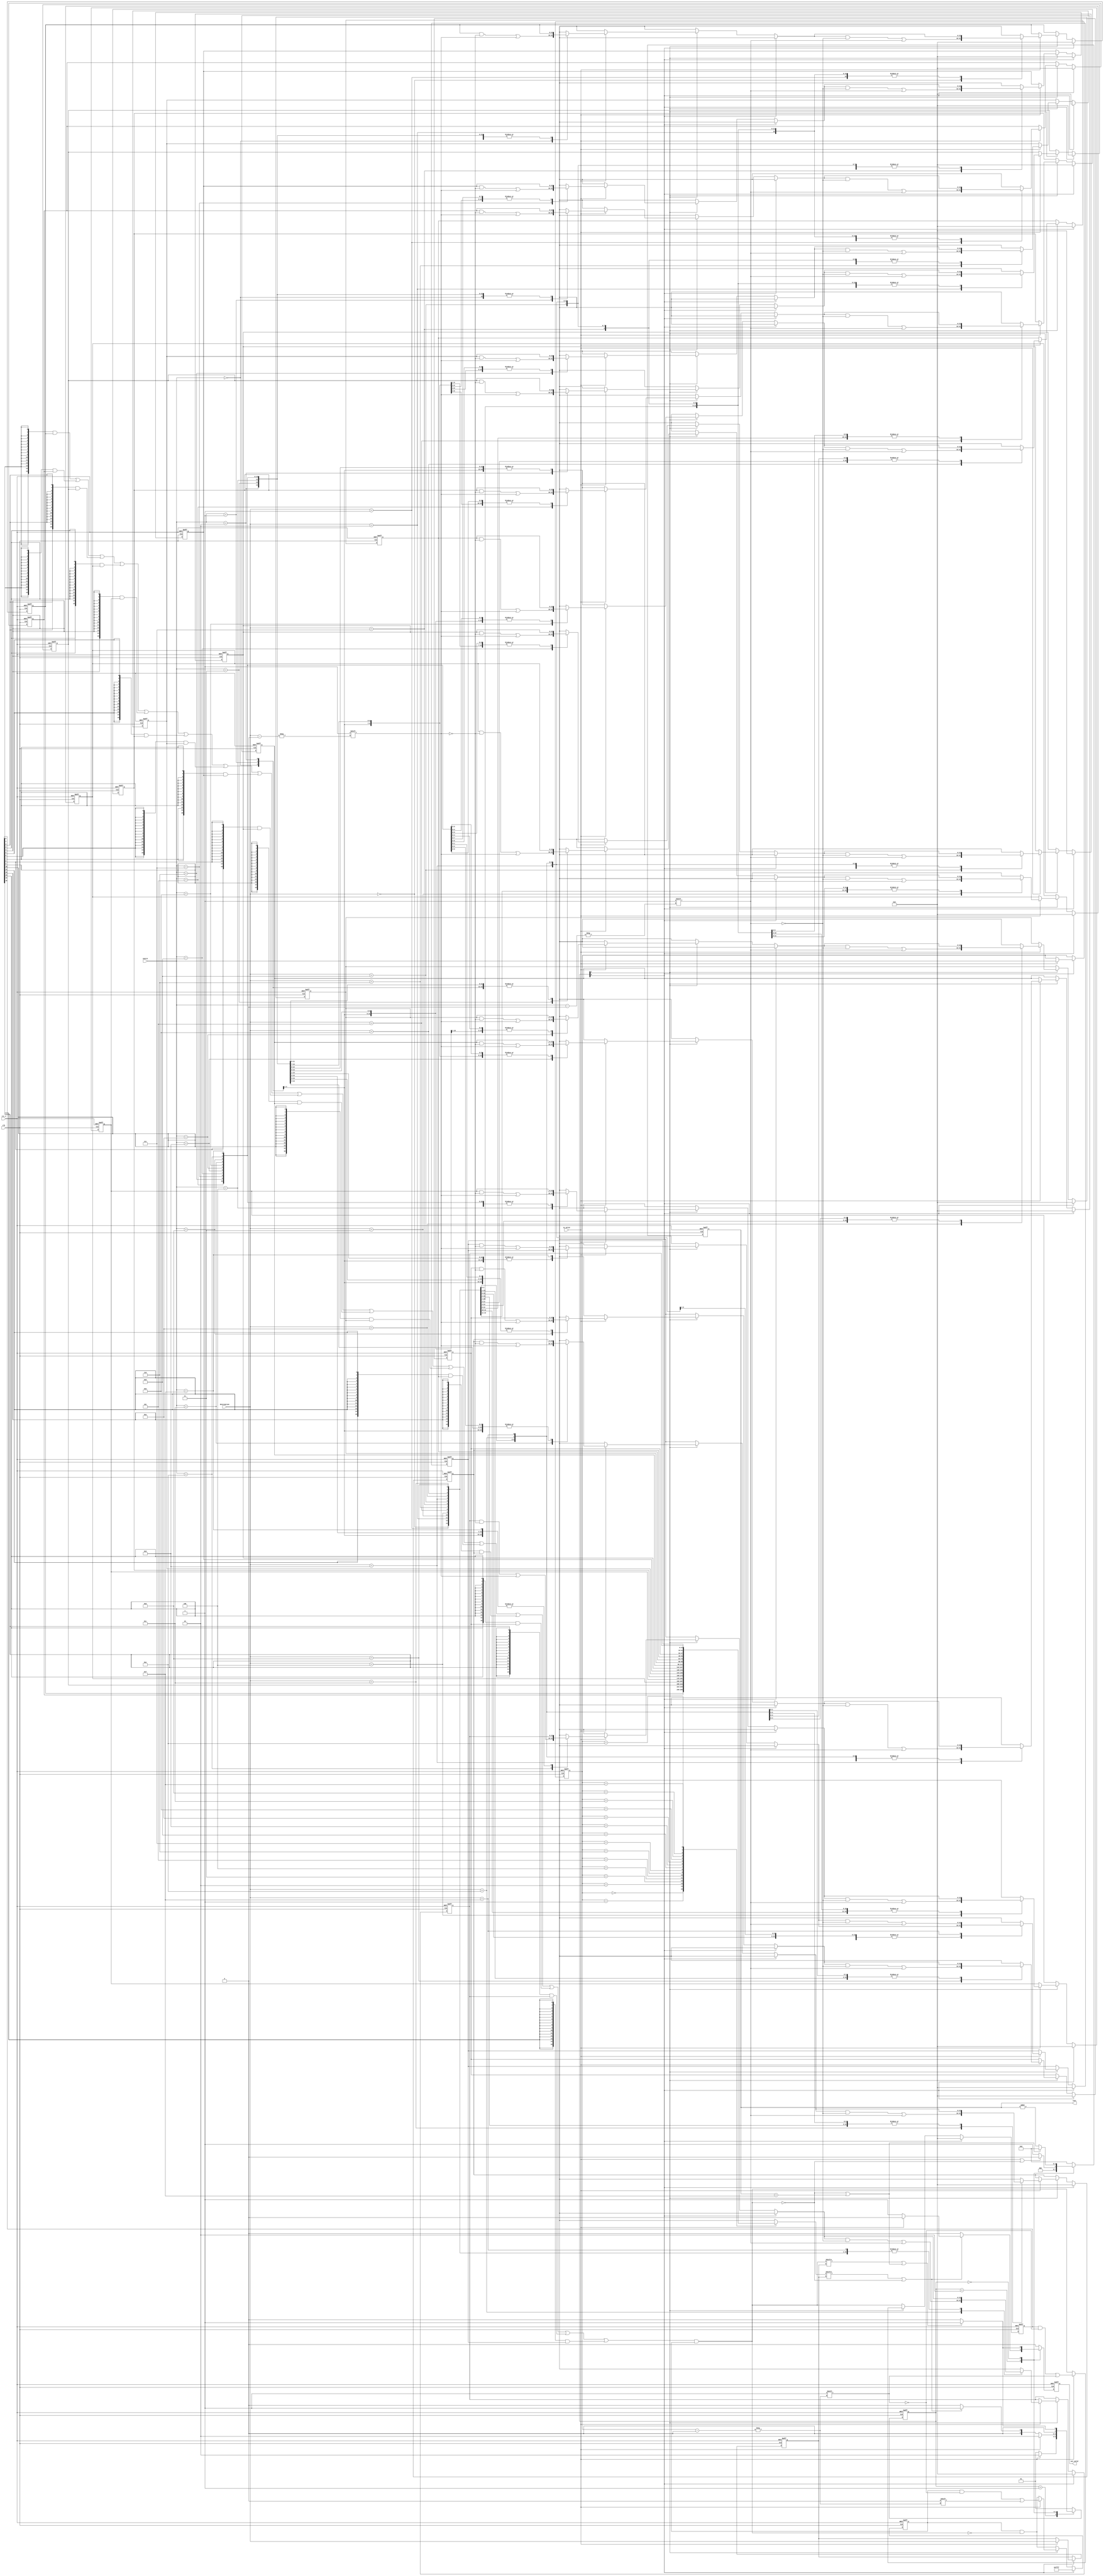
// -----------------------------------------------------------------------------
// Copyright (c) 2022, Adar Laboratory (Adar Lab).
// Adar Lab's Proprietary/Confidential.
// -----------------------------------------------------------------------------
// -----------------------------------------------------------------------------
// Revision History                                                                        (ORI PAT) (RANDOM PAT)  
// VERSION Date       AUTHOR           DESCRIPTION                          AREA           CYCLE+500 CYCLE+200,000 PERFORMANCE
// 1.0     2022-09-30 Brian Hsieh                                           36597.053391   1697
// 2.0     2022-10-01 Brian Hsieh      calculate 1 cycle earlier (S_TRACK)  36959.630934   1201      725008
// 2.1     2022-10-01 Brian Hsieh      5.0 revision except dst_found_0cycle,
//                                     new_destination, dst_neighbor,
//                                     and omit visited neighbors           33896.016459   1201      725008        2.457510^10

// 3.0     2022-10-01 Brian Hsieh      add new_destination, dst_neighbor    42521.371952   1173      636136
// 3.1     2022-10-01 Brian Hsieh      5.0 revision except dst_found_0cycle
//                                     and omit visited neighbors           39454.431034   1173      636136        2.509810^10

// 4.0     2022-10-02 Brian Hsieh      omit visited neighbors               45994.133517   1159      551524
// 4.1     2022-10-02 Brian Hsieh      5.0 revision except dst_found_0cycle 42947.150982   1159      551524        2.368610^10

// 5.0     2022-10-02 Brian Hsieh      increase dst_found_0cycle, 
//                                     revise dst_found, line 241 omit &&
//                                     FSM param one-hot encoding           46769.184719   821       483790
// 5.1     2022-10-03 Brian Hsieh      define adder                         46789.143124   821       483790        2.263610^10
// 5.2     2022-10-03 Brian Hsieh      revise dst_found                     46742.573532   821       483790        2.261410^10
// 5.3     2022-10-03 Brian Hsieh      revise next state logic              46715.962336   821       483790        2.260110^10
// 5.4     2022-10-03 Brian Hsieh      increase no_nbr                      46835.712729   815       468972        2.196510^10
// 5.5     2022-10-03 Brian Hsieh      omit one cost counter                46616.170358   815       468972        2.186210^10 (final)
//
// 2nd demo
//                                                                          AREA           CYCLE+1000(1DE PAT) PERFORMANCE
// 5.6     2022-10-03 Brian Hsieh      use generate to simpilify code       46616.170358   3509                1.6357614178622210^8
// 6.0     2022-10-04 Brian Hsieh      omit new_destination, dst_neighbor   39471.063045   3602                1.421747690880910^8
// 6.1     2022-10-04 Brian Hsieh      omit S_OUTPUT, FSM param decode      39224.909411   3602                1.4128812369842210^8
// 6.2     2022-10-04 Brian Hsieh      revise dst_found, cost condition     39111.811811   2921                1.1424560229993110^8 (final)
// -----------------------------------------------------------------------------
// KEYWORDS: General file searching keywords, leave bank if none.
//
// -----------------------------------------------------------------------------
// PURPOSE: Short description of functionality
// Train Tour
// -----------------------------------------------------------------------------
// PARAMETERS
// PARAM_NAME RANGE      : DESCRIPTION           : DEFAULT
//
// -----------------------------------------------------------------------------
// REUSE ISSUES
// Reset Schemes : asynchronous active-low reset, rst_n
// Clock Domains : single clock, clk
// Asynchronous I/F : N/A
// Instantiations : N/A
// Other : 
// -----------------------------------------------------------------------------


module TT(
  //Input Port
  clk,
  rst_n,
  in_valid,
  source,
  destination,

  //Output Port
  out_valid,
  cost
);

input              clk;
input              rst_n;
input              in_valid;
input       [ 3:0] source;
input       [ 3:0] destination;

output reg         out_valid;
output reg  [ 3:0] cost;

//==============================================//
//             Parameter and Integer            //
//==============================================//

integer i;

//==============================================//
//            FSM State Declaration             //
//==============================================//

localparam S_IDLE     = 2'b01;
localparam S_TRACK    = 2'b10;
localparam S_FIND     = 2'b00;

//==============================================//
//                Main signals                  //
//==============================================//

reg         [ 1:0] current_state;
reg         [ 1:0] next_state;

reg         [15:0] adj_mem        [15:0];

reg         [ 3:0] source_reg_cs;
reg         [ 3:0] destination_reg_cs;
reg         [ 3:0] source_reg_ns;
reg         [ 3:0] destination_reg_ns;

reg         [15:0] new_source;

reg         [15:0] src_visited_nbr;

reg                out_valid_ns;
reg         [ 3:0] cost_ns;

wire        [15:0] src_masked_adj [15:0];
wire        [15:0] src_neighbor         ;

wire               dst_found_0cycle;
wire               dst_found;
wire               no_nbr;
wire               dst_not_found;
wire               find_end;
wire               find_end_0cycle;

wire        [ 3:0] increment;

//==============================================//
//             Current State Block              //
//==============================================//

always @(posedge clk or negedge rst_n) begin
  if (!rst_n) begin
    current_state <= S_IDLE;
  end
  else begin
    current_state <= next_state;
  end
end

//==============================================//
//              Next State Block                //
//==============================================//

always @(*) begin
  case(current_state)
    S_IDLE: begin
      if (in_valid) begin
        next_state = S_TRACK;
      end
      else begin
        next_state = S_IDLE;
      end
    end
    S_TRACK: begin
      if (in_valid) begin
        next_state = S_TRACK;
      end
      else if (find_end_0cycle) begin
        next_state = S_IDLE;
      end
      else begin
        next_state = S_FIND;
      end
    end
    S_FIND: begin
      if (find_end) begin
        next_state = S_IDLE;
      end
      else begin
        next_state = S_FIND;
      end
    end
    default: begin
      next_state = S_IDLE;
    end
  endcase
end


//==============================================//
//                  Input Block                 //
//==============================================//

// source_reg, destination_reg
always @(posedge clk or negedge rst_n) begin
  if (!rst_n) begin
    source_reg_cs      <= 4'd0;
    destination_reg_cs <= 4'd0;
  end
  else begin
    source_reg_cs      <= source_reg_ns;
    destination_reg_cs <= destination_reg_ns;
  end
end

always @(*) begin
  if (current_state[0]) begin // S_IDLE
    if (in_valid) begin
      source_reg_ns      = source;
      destination_reg_ns = destination;
    end
    else begin
      source_reg_ns      = source_reg_cs;
      destination_reg_ns = destination_reg_cs;
    end
  end
  else begin
    source_reg_ns      = source_reg_cs;
    destination_reg_ns = destination_reg_cs;
  end
end


// adj_mem
always @(posedge clk or negedge rst_n) begin
  if (!rst_n) begin
    for (i=0; i<16; i=i+1) begin
      adj_mem[i] <= 16'd0;
    end
  end
  else begin
    if (current_state[0]) begin // S_IDLE
      for (i=0; i<16; i=i+1) begin
        adj_mem[i] <= 16'd0;
      end
    end
    else if (current_state[1]) begin // S_TRACK
      if (in_valid) begin
        adj_mem[source][destination] <= 1'b1;
        adj_mem[destination][source] <= 1'b1;
      end
    end
  end
end



//==============================================//
//              Calculation Block               //
//==============================================//

// new_source, new_destination, src_visited_nbr, dst_visited_nbr
always @(posedge clk or negedge rst_n) begin
  if (!rst_n) begin
    new_source <= 16'h0000;
    src_visited_nbr <= 16'hffff;
  end
  else begin
    if (current_state[0]) begin // S_IDLE
      new_source <= 16'h0000;
      src_visited_nbr <= 16'hffff;
    end
    else if (current_state[1]) begin // S_TRACK
      if (in_valid) begin
        new_source[source_reg_cs] <= 1'b1;
        src_visited_nbr[source_reg_cs] <= 1'b0;
      end
      else begin
        new_source <= src_neighbor;
        src_visited_nbr <= src_visited_nbr & (~src_neighbor);
      end
    end
    else begin // S_FIND
      new_source <= src_neighbor;
      src_visited_nbr <= src_visited_nbr & (~src_neighbor);
    end
  end
end


//==============================================//
//                Output Block                  //
//==============================================//

// out_valid
always @(posedge clk or negedge rst_n) begin
  if (!rst_n) begin
    out_valid <= 1'b0;
  end
  else begin
    out_valid <= out_valid_ns;
  end
end

always @(*) begin
  case(current_state)
    S_TRACK: begin
      if (find_end_0cycle) begin
        if (in_valid) begin
          out_valid_ns = 1'b0;
        end
        else begin
          out_valid_ns = 1'b1;
        end
      end
      else begin
        out_valid_ns = 1'b0;
      end
    end
    S_FIND: begin
      if (find_end) begin
        out_valid_ns = 1'b1;
      end
      else begin
        out_valid_ns = 1'b0;
      end
    end
    default: begin
      out_valid_ns = 1'b0;
    end
  endcase
end


// cost
always @(posedge clk or negedge rst_n) begin
  if (!rst_n) begin
    cost <= 4'd0;
  end
  else begin
    cost <= cost_ns;
  end
end

always @(*) begin
  case(current_state)
    S_TRACK: begin
      if (in_valid | no_nbr) begin
        cost_ns = 4'd0;
      end
      else begin
        cost_ns = 4'd1;
      end
    end
    S_FIND: begin
      if (dst_not_found) begin
        cost_ns = 4'd0;
      end
      else begin
        cost_ns = increment;
      end
    end
    default: begin
      cost_ns = 4'd0;
    end
  endcase
end

adder u_adder (.x(cost), .y(increment));

genvar sm;
generate
  for (sm=0; sm<16; sm=sm+1) begin: src_mask
    assign src_masked_adj[sm] = {16{new_source[sm]}} & adj_mem[sm];
  end
endgenerate

assign src_neighbor = ( src_masked_adj[ 0] | src_masked_adj[ 1] | src_masked_adj[ 2] | src_masked_adj[ 3] |
                        src_masked_adj[ 4] | src_masked_adj[ 5] | src_masked_adj[ 6] | src_masked_adj[ 7] |
                        src_masked_adj[ 8] | src_masked_adj[ 9] | src_masked_adj[10] | src_masked_adj[11] |
                        src_masked_adj[12] | src_masked_adj[13] | src_masked_adj[14] | src_masked_adj[15] ) & src_visited_nbr;


// assign dst_found_0cycle = (adj_mem[destination_reg_cs][source_reg_cs] == 1'b1);
assign dst_found_0cycle = (adj_mem[source_reg_cs][destination_reg_cs] == 1'b1);
// assign dst_found        = (new_source[destination_reg_cs] == 1'b1);
assign dst_found        = (src_neighbor[destination_reg_cs] == 1'b1);
assign no_nbr           = (src_neighbor == 16'd0);
assign dst_not_found    = no_nbr | (cost == 4'd15);
assign find_end         = dst_found | dst_not_found;
assign find_end_0cycle  = dst_found_0cycle | no_nbr;

endmodule 


module adder (x, y);

input  [3:0] x;
output [3:0] y;

assign y = x + 4'd1;

endmodule